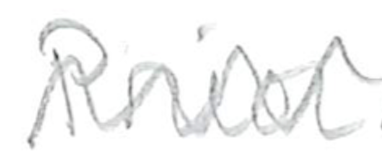
Text: Prior
Cross-out: zig-zag
Writing tool: pencil